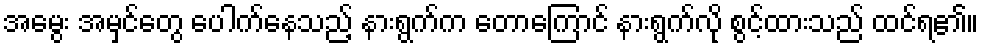
အမွေး အမှင်တွေ ပေါက်နေသည့် နားရွက်က တောကြောင် နားရွက်လို စွင့်ထားသည် ထင်ရ၏။